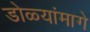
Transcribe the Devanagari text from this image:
डोळ्यांमागे